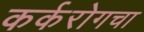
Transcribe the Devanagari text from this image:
कर्करोगचा